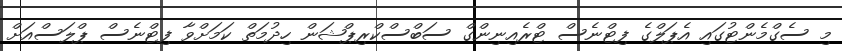
މި ސެގްމެންޓުގައި އެޕަލްގެ ފިޓްނެސް ޓްރެއިނިންގް ސަބްސްކްރިޕްޝަން ހިދުމަތް ކަމަށްވާ ފިޓްނެސް ޕްލަސްއަށް